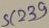
Text: 239